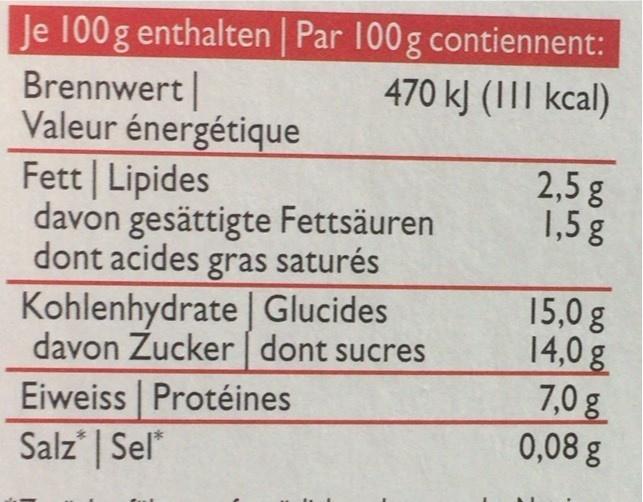
Je 100 g enthalten | Par 100g contiennent: 470 kJ (1II kcal)
Brennwert Valeur énergétique Fett | Lipides davon gesättigte Fettsäuren dont acides gras saturés Kohlenhydrate | Glucides davon Zucker dont sucres
2,5 g 1,5 g
15,0 g 14,0 g 7,0 g 0,08 g
Eiweiss | Protéines Salz | Sel*
bo b0